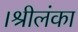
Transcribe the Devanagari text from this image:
।श्रीलंका